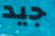
جيد